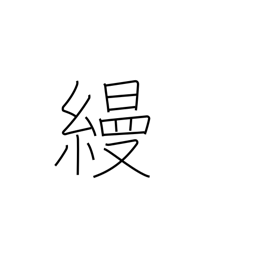
Meaning: unpatterned silk